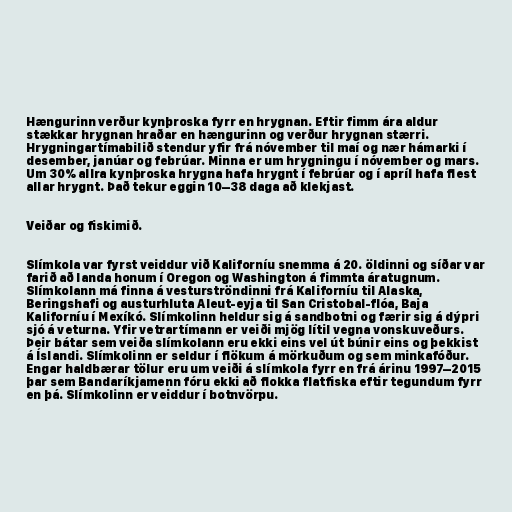
Hængurinn verður kynþroska fyrr en hrygnan. Eftir fimm ára aldur
stækkar hrygnan hraðar en hængurinn og verður hrygnan stærri.
Hrygningartímabilið stendur yfir frá nóvember til maí og nær hámarki í
desember, janúar og febrúar. Minna er um hrygningu í nóvember og mars.
Um 30% allra kynþroska hrygna hafa hrygnt í febrúar og í apríl hafa flest
allar hrygnt. Það tekur eggin 10–38 daga að klekjast.

Veiðar og fiskimið.

Slímkola var fyrst veiddur við Kaliforníu snemma á 20. öldinni og síðar var
farið að landa honum í Oregon og Washington á fimmta áratugnum.
Slímkolann má finna á vesturströndinni frá Kaliforníu til Alaska,
Beringshafi og austurhluta Aleut-eyja til San Cristobal-flóa, Baja
Kaliforníu í Mexíkó. Slímkolinn heldur sig á sandbotni og færir sig á dýpri
sjó á veturna. Yfir vetrartímann er veiði mjög lítil vegna vonskuveðurs.
Þeir bátar sem veiða slímkolann eru ekki eins vel út búnir eins og þekkist
á Íslandi. Slímkolinn er seldur í flökum á mörkuðum og sem minkafóður.
Engar haldbærar tölur eru um veiði á slímkola fyrr en frá árinu 1997–2015
þar sem Bandaríkjamenn fóru ekki að flokka flatfiska eftir tegundum fyrr
en þá. Slímkolinn er veiddur í botnvörpu.